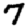
Digit: 7